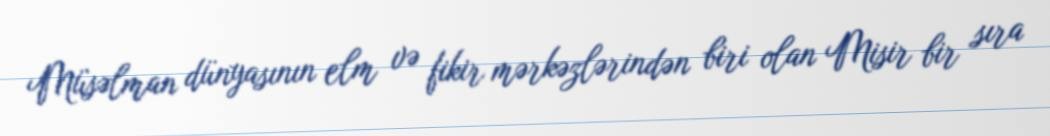
Müsəlman dünyasının elm və fikir mərkəzlərindən biri olan Misir bir sıra